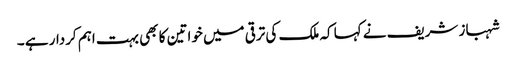
شہباز شریف نے کہا کہ ملک کی ترقی میں خواتین کا بھی بہت اہم کردار ہے ۔